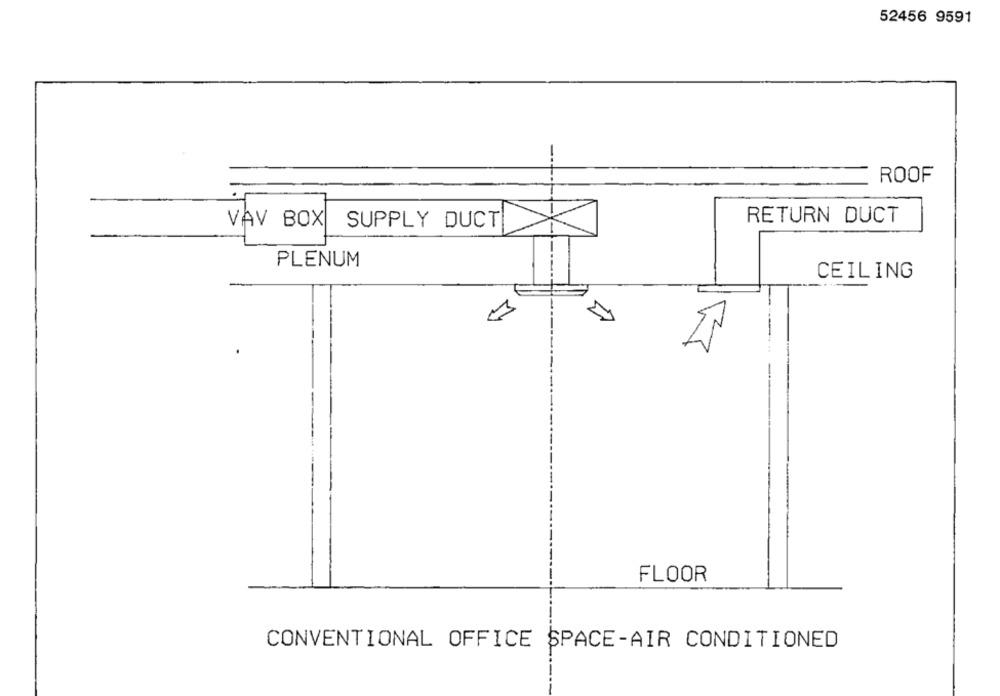
52456 9591
ROOF
VAV BOX
RETURN DUCT
SUPPLY DUCT
PLENUM
CEILING
FLOOR
CONVENTIONAL OFFICE SPACE-AIR CONDITIONED